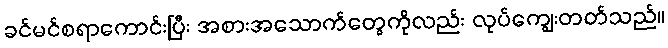
ခင်မင်စရာကောင်းပြီး အစားအသောက်တွေကိုလည်း လုပ်ကျွေးတတ်သည်။